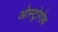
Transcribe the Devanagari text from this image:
ओस्ट्रोगोथ